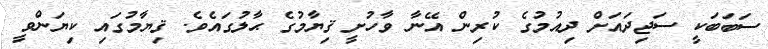
ސަބަބަކީ ސަޖިދައަށް ދިއުމުގެ ކުރިން އޭނާ ވާހުށީ ޤިޔާމުގެ ޙާލުގައެވެ. ޤިޔާމުގައި ކިޔަންވީ